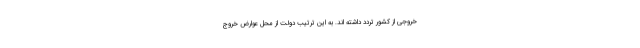
خروجی از کشور تردد داشته اند. به این ترتیب دولت از محل عوارض خروج